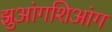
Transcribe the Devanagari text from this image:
झुआंगशिआंग